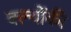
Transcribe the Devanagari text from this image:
क्ल्योंकी